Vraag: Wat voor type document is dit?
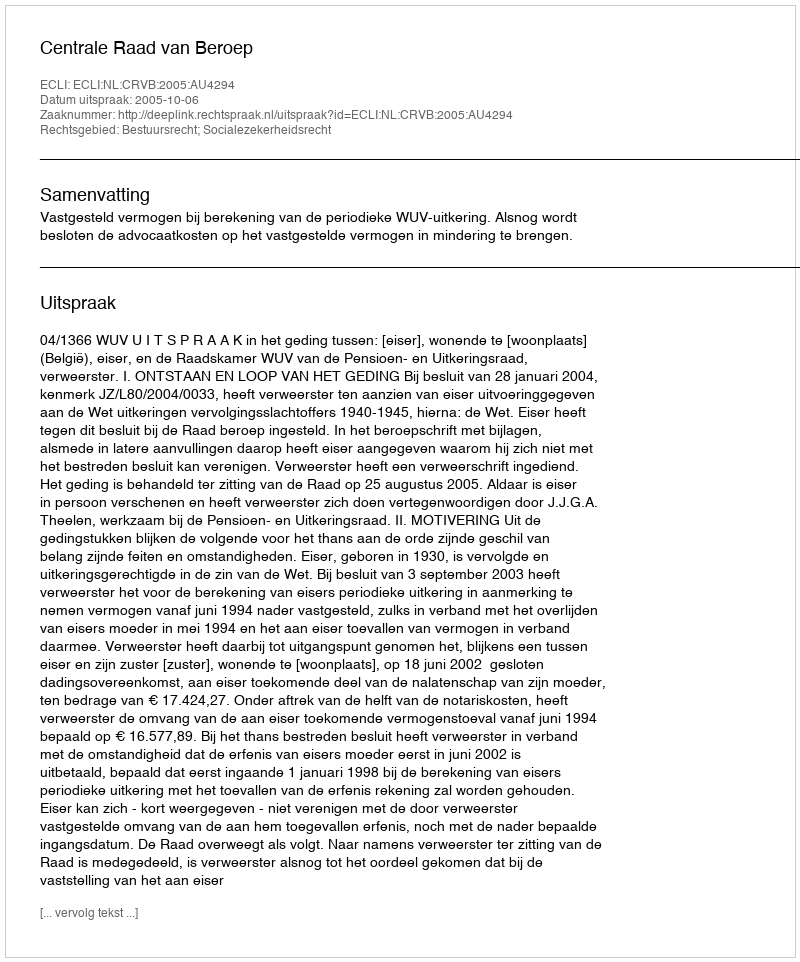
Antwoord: Uitspraak